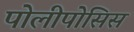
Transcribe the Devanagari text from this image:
पोलीपोसिस